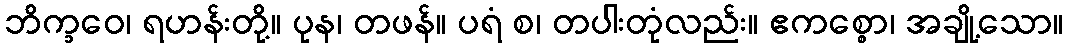
ဘိက္ခဝေ၊ ရဟန်းတို့။ ပုန၊ တဖန်။ ပရံ စ၊ တပါးတုံလည်း။ ဧကစ္စော၊ အချို့သော။